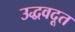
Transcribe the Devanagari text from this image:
उद्धवदूत